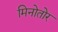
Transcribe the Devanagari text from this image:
मिनोतोर